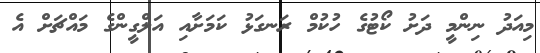
މިއަދު ނިންމީ ދަށު ކޯޓުގެ ހުކުމް ރަނގަޅު ކަމަށާއި އަލްގީންގެ މައްޗަށް އެ